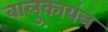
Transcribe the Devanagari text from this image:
बालुकायंत्र